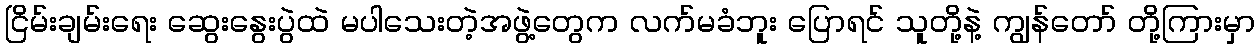
ငြိမ်းချမ်းရေး ဆွေးနွေးပွဲထဲ မပါသေးတဲ့အဖွဲ့တွေက လက်မခံဘူး ပြောရင် သူတို့နဲ့ ကျွန်တော် တို့ကြားမှာ